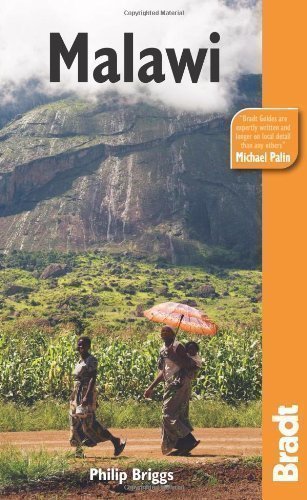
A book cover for Malawi (Bradt Travel Guides) by Briggs, Philip 5th (fifth) Edition (2010); Travel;